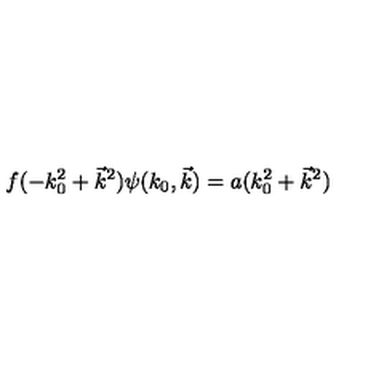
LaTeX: f ( - k _ { 0 } ^ { 2 } + \vec { k } ^ { 2 } ) \psi ( k _ { 0 } , \vec { k } ) = a ( k _ { 0 } ^ { 2 } + \vec { k } ^ { 2 } )